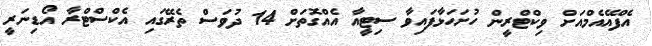
އެފްއޭއެމްއަށް ވިކްޓްރީން ހުށަހަޅާފައިވާ ސިޓީއާ އެއްގޮތަށް 14 ދުވަސް ތެރޭގައި އެކްސްޓްރާ އޯޑިނަރީ